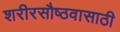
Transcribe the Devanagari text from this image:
शरीरसौष्ठवासाठी